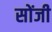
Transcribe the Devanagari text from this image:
सोंजी